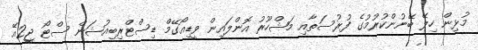
މުޅިން ހިލޭ ބޭނުންކުރުމުގެ ފުރުސަތާއި މަޝްހޫރު އޮންލައިން ވީޑިއޯގޭމް ޑިސްޓްރިބިއުޝަން ސްޓޯ ޖީ2އޭ